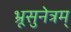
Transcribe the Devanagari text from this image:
भ्रूसुनेत्रम्